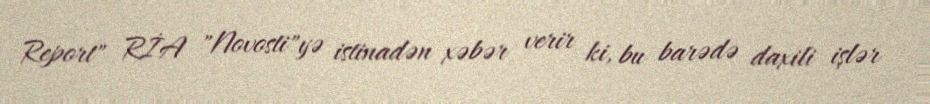
Report" RİA "Novosti"yə istinadən xəbər verir ki, bu barədə daxili işlər